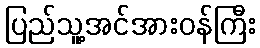
ပြည်သူ့အင်အားဝန်ကြီး